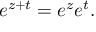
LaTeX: e ^ { z + t } = e ^ { z } e ^ { t } .